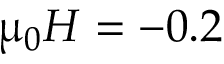
\upmu _ { 0 } H = - 0 . 2